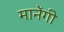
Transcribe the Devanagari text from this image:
मानेंगी